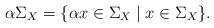
LaTeX: \begin{align*}\alpha \Sigma_X = \{\alpha x\in \Sigma_X \mid x\in \Sigma_X\}.\end{align*}